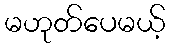
မဟုတ်ပေမယ့်